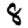
Digit: 8